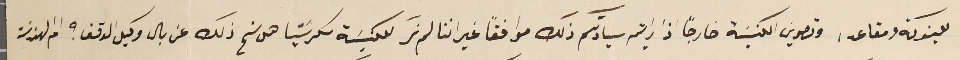
للبنوكة ومقاعد، وتصوين الكنيسَة خارجاً اذا رايتم سيادتكم ذلك موافقاً غير اننا لم نرَ للكنيسَة سكرسَتيا هل سنح ذلك عن بال وكيل الوقف؟ ام الهندسَة